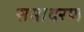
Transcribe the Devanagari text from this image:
समादरण